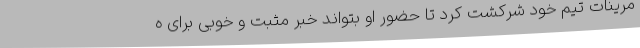
مرینات تیم خود شرکشت کرد تا حضور او بتواند خبر مثبت و خوبی برای ه